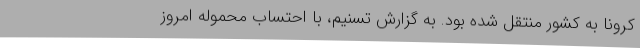
کرونا به کشور منتقل شده بود. به گزارش تسنیم، با احتساب محموله امروز